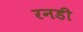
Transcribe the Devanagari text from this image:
रनडी